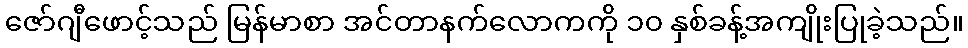
ဇော်ဂျီဖောင့်သည် မြန်မာစာ အင်တာနက်လောကကို ၁၀ နှစ်ခန့်အကျိုးပြုခဲ့သည်။